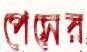
পেসের